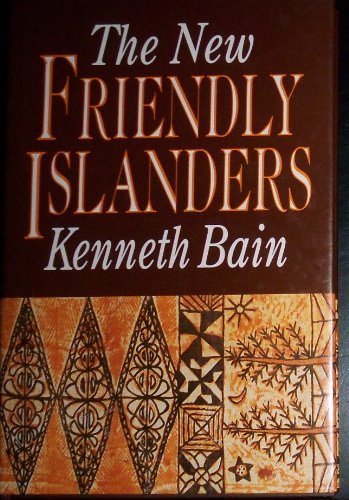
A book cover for The New Friendly Islanders: The Tonga of King Taufa'Ahau Tupou Iv/Published to Mark the Occasion of the Seventy-Fifth Birthday of the King on 4 July; Kenneth Bain; Travel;